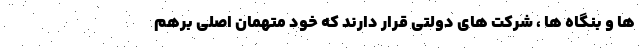
ها و بنگاه ها ، شرکت های دولتی قرار دارند که خود متهمان اصلی برهم